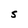
Character: S